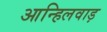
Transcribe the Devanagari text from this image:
आन्हिलवाड़